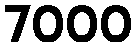
7000